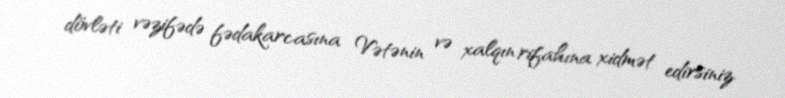
dövləti vəzifədə fədakarcasına Vətənin və xalqın rifahına xidmət edirsiniz.